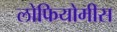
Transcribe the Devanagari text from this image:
लोफियोमीस